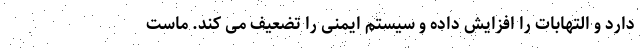
دارد و التهابات را افزایش داده و سیستم ایمنی را تضعیف می کند. ماست